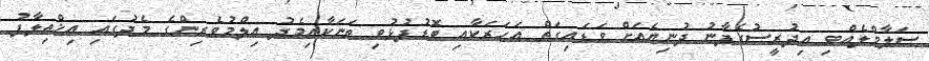
ސަލާމްލެއްވި އިދުރީސުގެފާނު ދުނިޔެއަށް ވަޑައިގަތް އަހަރަކާއި ބޮޑުފުޅުވި ތަނަކާއިމެދު ޢިލްމުވެރިންގެ މެދުގައި އިޚްތިލާފު